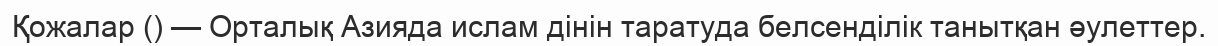
Қожалар () — Орталық Азияда ислам дінін таратуда белсенділік танытқан әулеттер.